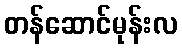
တန်ဆောင်မုန်းလ